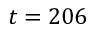
t = 2 0 6